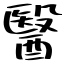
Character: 醫